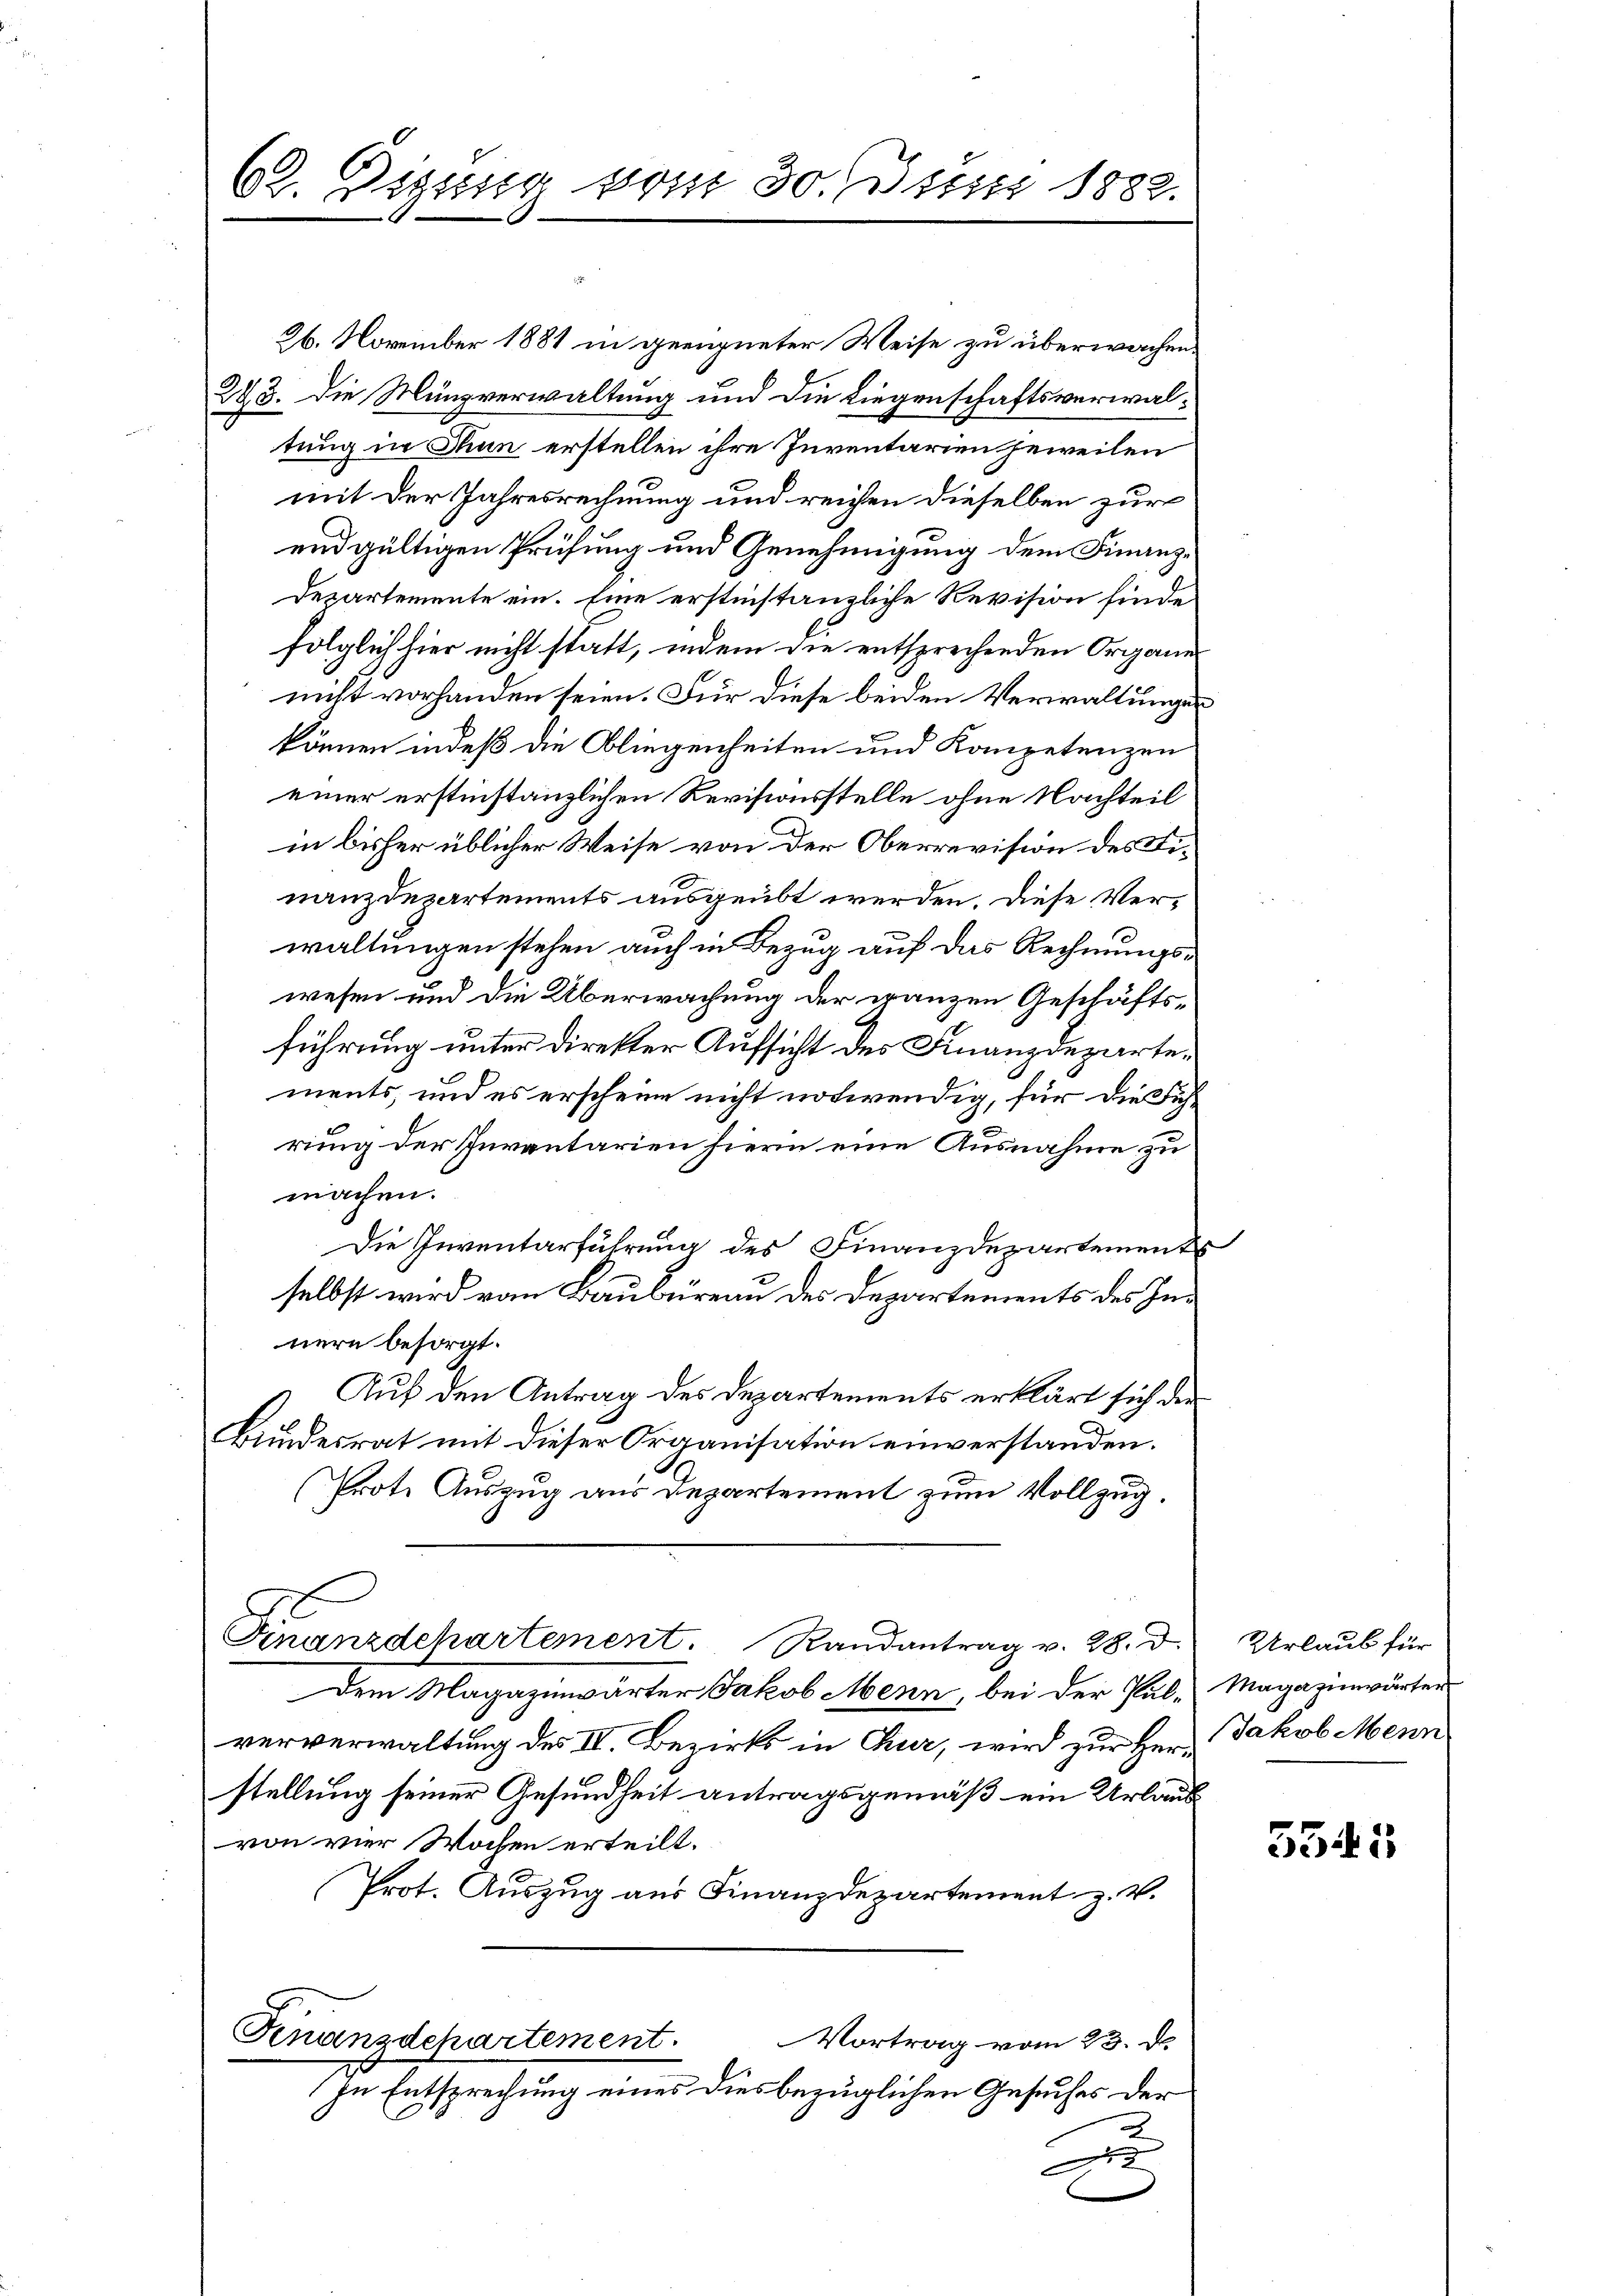
26. November 1881 in geeigneter Weise zu überwachen.
223. Die Münzverwaltung und die Liegenschaftsverwaltung in Thun erstellen ihre Inventarien jeweilen
mit der Jahresrechnung und reichen dieselben zur
endgültigen Prüfung und Genehmigung dem Finanz-
Departemente ein. Eine erstinstanzliche Revision finde
folglich hier nicht statt, indem die entsprechenden Organes
nicht vorhanden seien. Für diese beiden Verwaltungen
können indeß die Fliegenheiten und Kompetenzen
einer erstinstanzlichen Revisionsstelle ohne Nachteil
in bisher üblicher Weise von der Oberrevision des Finanzdepartements ausgeübt werden. Diese Verwaltungen stehen auch in Bezug auf das Rechnungswesen und die Überwachung der ganzen Geschäftsführung unter direkter Aufsicht des Finanzdepartements, und es erscheine nicht notwendig, für die Führung der Inventarien hiern eine Ausnahme zu
machen.
Die Inventarführung des Finanzdepartements
selbst wird von Baubüreau des Departements des Innern besorgt.
Auf den Antrag des Departements erklärt sich der
Bundesrat mit dieser Organisation einverstanden.
(Prote Auszug aus Departement zum Vollzug.
Gnanzdchartement. Randantrag v. 28. d.
Dem Magazinwärter Jakob Menn, bei der Pulververwaltung des II. Bezirks in Chur, wird zur Herstellung seiner Gesundheit antragsgemäß ein Urlaub
von vier Wochen erteilt.
Prot. Auszug aus Finanzdepartement z. V.
Finanzdepartement.
Vortrag vom 23. d.
In Entsprechung eines dies bezüglichen Gesuches der
d

62. Digung vom 30. Juni 1882.

Urlaub für
Magazinwärter
Jakob Menn

.

5545